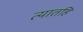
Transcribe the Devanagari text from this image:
त्यातहि